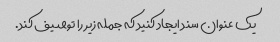
یک عنوان سند ایجاد کنید که جمله زیر را توصیف کند.